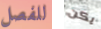
للفصل يكن